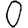
Digit: 0